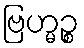
ဗြဟ္မဉ္စ